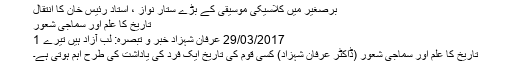
برصغیر میں کلاسیکی موسیقی کے بڑے ستار نواز ، استاد رئیس خان کا انتقال
تاریخ کا علم اور سماجی شعور
29/03/2017 عرفان شہزاد خبر و تبصرہ: لب آزاد ہیں تیرے 1
تاریخ کا علم اور سماجی شعور (ڈاکٹر عرفان شہزاد) کسی قوم کی تاریخ ایک فرد کی یاداشت کی طرح اہم ہوتی ہے۔